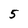
Character: 5